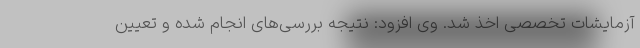
آزمایشات تخصصی اخذ شد. وی افزود: نتیجه بررسی‌های انجام شده و تعیین